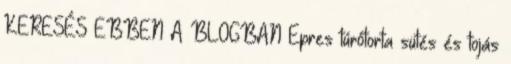
KERESÉS EBBEN A BLOGBAN Epres túrótorta sütés és tojás